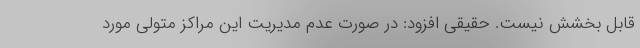
قابل بخشش نیست. حقیقی افزود: در صورت عدم مدیریت این مراکز متولی مورد